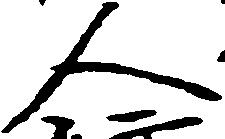
人